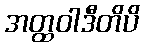
အတ္ထဝါဒီတိပိ